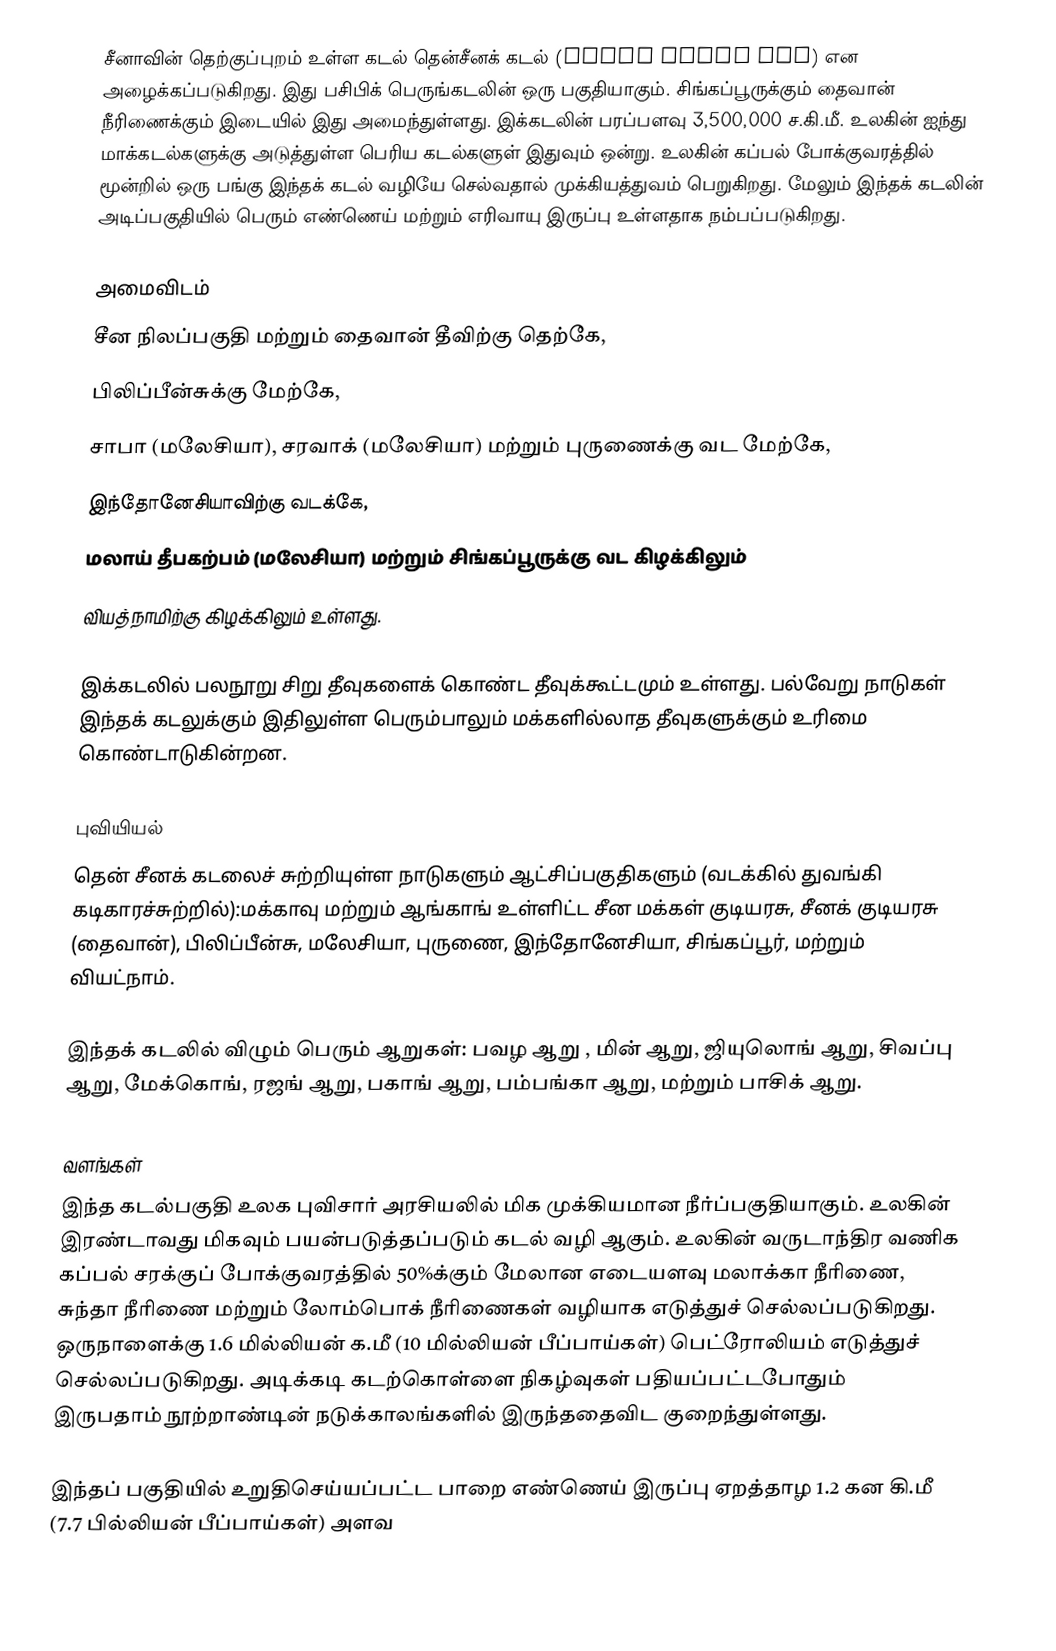
சீனாவின் தெற்குப்புறம் உள்ள கடல் தென்சீனக் கடல் (South China Sea) என அழைக்கப்படுகிறது. இது பசிபிக் பெருங்கடலின் ஒரு பகுதியாகும். சிங்கப்பூருக்கும் தைவான் நீரிணைக்கும் இடையில் இது அமைந்துள்ளது. இக்கடலின் பரப்பளவு 3,500,000 ச.கி.மீ. உலகின் ஐந்து மாக்கடல்களுக்கு அடுத்துள்ள பெரிய கடல்களுள் இதுவும் ஒன்று.  உலகின்  கப்பல் போக்குவரத்தில் மூன்றில் ஒரு பங்கு இந்தக் கடல் வழியே செல்வதால் முக்கியத்துவம் பெறுகிறது. மேலும் இந்தக் கடலின் அடிப்பகுதியில் பெரும் எண்ணெய் மற்றும் எரிவாயு இருப்பு உள்ளதாக நம்பப்படுகிறது.

அமைவிடம்
 சீன நிலப்பகுதி மற்றும் தைவான் தீவிற்கு தெற்கே,
 பிலிப்பீன்சுக்கு மேற்கே,
 சாபா (மலேசியா), சரவாக் (மலேசியா) மற்றும் புருணைக்கு வட மேற்கே,
 இந்தோனேசியாவிற்கு வடக்கே,
 மலாய் தீபகற்பம்  (மலேசியா) மற்றும் சிங்கப்பூருக்கு வட கிழக்கிலும்
 வியத்நாமிற்கு கிழக்கிலும் உள்ளது.

இக்கடலில் பலநூறு சிறு தீவுகளைக் கொண்ட தீவுக்கூட்டமும் உள்ளது. பல்வேறு நாடுகள் இந்தக் கடலுக்கும் இதிலுள்ள பெரும்பாலும் மக்களில்லாத தீவுகளுக்கும்   உரிமை கொண்டாடுகின்றன.

புவியியல்
தென் சீனக் கடலைச் சுற்றியுள்ள நாடுகளும் ஆட்சிப்பகுதிகளும் (வடக்கில் துவங்கி கடிகாரச்சுற்றில்):மக்காவு மற்றும் ஆங்காங் உள்ளிட்ட சீன மக்கள் குடியரசு,   சீனக் குடியரசு (தைவான்),  பிலிப்பீன்சு, மலேசியா, புருணை, இந்தோனேசியா, சிங்கப்பூர், மற்றும்  வியட்நாம்.

இந்தக் கடலில் விழும் பெரும் ஆறுகள்: பவழ ஆறு , மின் ஆறு, ஜியுலொங் ஆறு, சிவப்பு ஆறு,  மேக்கொங், ரஜங் ஆறு, பகாங் ஆறு, பம்பங்கா ஆறு, மற்றும் பாசிக் ஆறு.

வளங்கள்
இந்த கடல்பகுதி உலக புவிசார் அரசியலில் மிக முக்கியமான நீர்ப்பகுதியாகும். உலகின் இரண்டாவது மிகவும் பயன்படுத்தப்படும் கடல் வழி ஆகும். உலகின் வருடாந்திர வணிக கப்பல் சரக்குப் போக்குவரத்தில்  50%க்கும்  மேலான எடையளவு மலாக்கா நீரிணை, சுந்தா நீரிணை மற்றும் லோம்பொக் நீரிணைகள் வழியாக எடுத்துச் செல்லப்படுகிறது.  ஒருநாளைக்கு 1.6 மில்லியன் க.மீ (10 மில்லியன் பீப்பாய்கள்)  பெட்ரோலியம் எடுத்துச் செல்லப்படுகிறது. அடிக்கடி கடற்கொள்ளை நிகழ்வுகள் பதியப்பட்டபோதும் இருபதாம் நூற்றாண்டின் நடுக்காலங்களில் இருந்ததைவிட குறைந்துள்ளது.

இந்தப் பகுதியில் உறுதிசெய்யப்பட்ட  பாறை எண்ணெய் இருப்பு ஏறத்தாழ 1.2 கன கி.மீ (7.7 பில்லியன்  பீப்பாய்கள்) அளவ